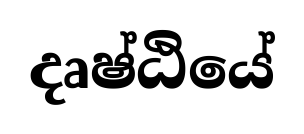
දෘෂ්ඨියේ